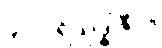
၄ - ပရိသုဒ္ဓါဇီဝ။